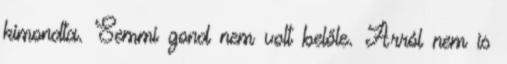
kimondta. Semmi gond nem volt belőle. Arról nem is